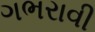
ગભરાવી